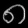
Digit: ၈